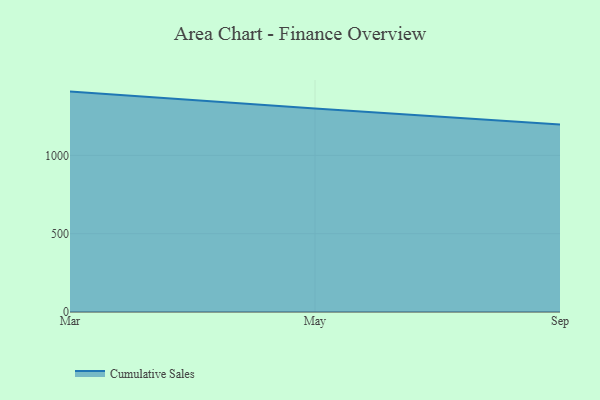
{"axis": {"x": "Month", "y": "Satisfaction Score"}, "legend": ["Cumulative Sales"], "data": [{"x": "Mar", "y": 1407.1, "type": "Cumulative Sales"}, {"x": "May", "y": 1299.6, "type": "Cumulative Sales"}, {"x": "Sep", "y": 1197.8, "type": "Cumulative Sales"}]}